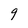
Character: 9